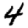
Digit: 4